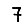
Digit: 7